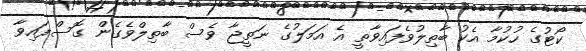
ކޯޓުގެ ހުކުމާ އެކު ބާތިލުވެފައިވާތީ އެ އަމަލުގެ ނަތީޖާ ވެސް ބާތިލްވެގެން ގޮސްފައިވާ